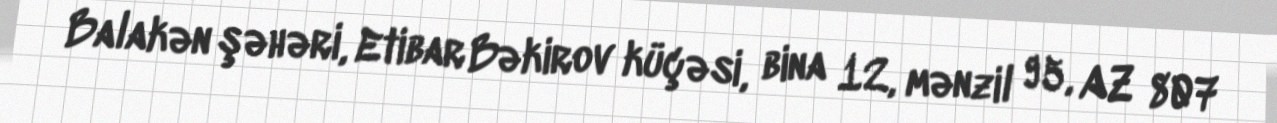
Balakən şəhəri, Etibar Bəkirov küçəsi, bina 12, mənzil 95, AZ 807